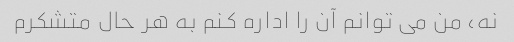
نه، من می توانم آن را اداره کنم به هر حال متشکرم